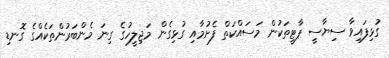
ގުޅިފައިވާ ސިޔާސީ ޕާޓީތަކުން މަސައްކަތް ފެށުމާއި ގުޅިގެން މަޖިލީހުގެ ގިނަ މެންބަރުންތަކެއްގެ ގޮނޑި